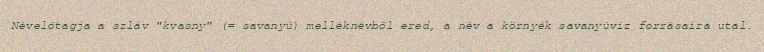
Névelőtagja a szláv "kvasny" (= savanyú) melléknévből ered, a név a környék savanyúvíz forrásaira utal.